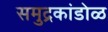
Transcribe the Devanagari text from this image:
समुद्रकांडोळ